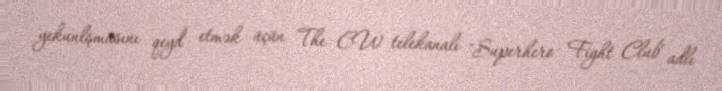
yekunlşmasını qeyd etmək üçün The CW telekanalı "Superhero Fight Club" adlı